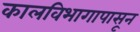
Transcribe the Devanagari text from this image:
कालविभागापासून